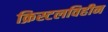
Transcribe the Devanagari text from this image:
क्रिस्टलविहीन